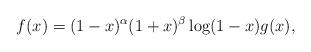
LaTeX: \begin{align*}f(x) = (1 - x)^{\alpha} (1 + x)^{\beta} \log(1 - x) g(x),\end{align*}